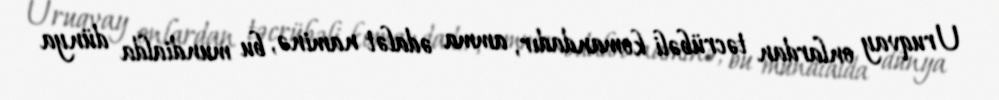
Uruqvay onlardan təcrübəli komandadır, amma ədalət naminə, bu mundialda dünya